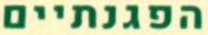
הפגנתיים